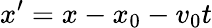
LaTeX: x^{\prime}=x-x_{0}-v_{0}t